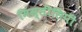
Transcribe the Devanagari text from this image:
मिस्सीसिपी